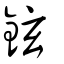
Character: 鉉